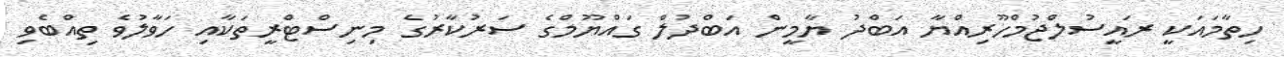
ހިތާމައަކީ ރައީސުލްޖުމްހޫރިއްޔާ އަބްދު ޔާމީން އަބްދުލް ގައްޔޫމްގެ ސަރުކާރުގެ މިނިސްޓްރީތަކާއި ހަވާލުވެ ތިއްބެވި